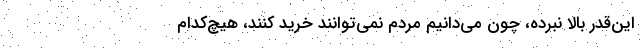
این‌قدر بالا نبرده، چون می‌دانیم مردم نمی‌توانند خرید کنند، هیچ‌کدام